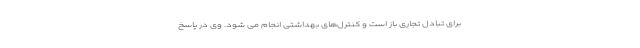
برای تبادل تجاری باز است و کنترل‌های بهداشتی انجام می شود. وی در پاسخ